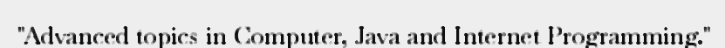
"Advanced topics in Computer, Java and Internet Programming."